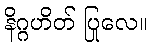
နိဂ္ဂဟိတ် ပြုလေ။